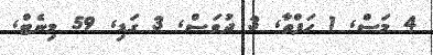
4 މަސް